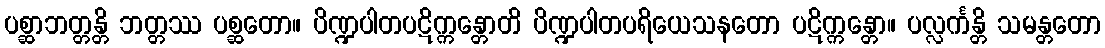
ပစ္ဆာဘတ္တန္တိ ဘတ္တဿ ပစ္ဆတော။ ပိဏ္ဍပါတပဋိက္ကန္တောတိ ပိဏ္ဍပါတပရိယေသနတော ပဋိက္ကန္တော။ ပလ္လင်္ကန္တိ သမန္တတော